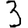
Digit: 3